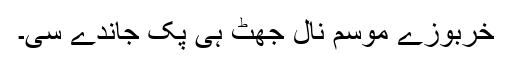
خربوزے موسم نال جھٹ ہی پک جاندے سی۔